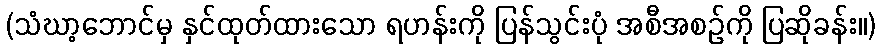
(သံဃာ့ဘောင်မှ နှင်ထုတ်ထားသော ရဟန်းကို ပြန်သွင်းပုံ အစီအစဉ်ကို ပြဆိုခန်း။)